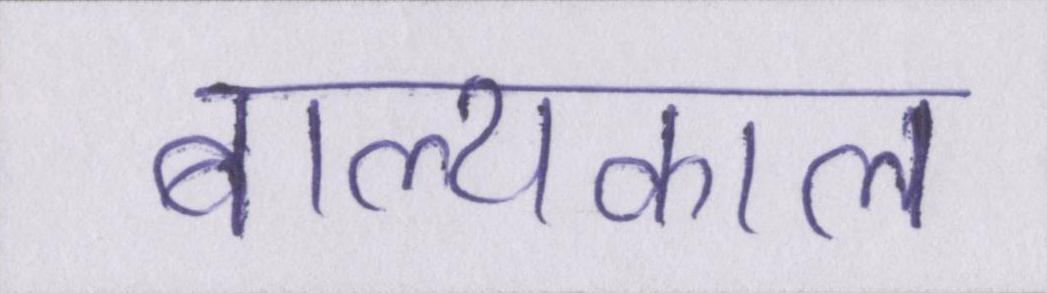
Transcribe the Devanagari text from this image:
बाल्यकाल